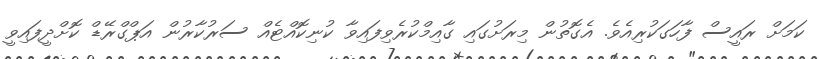
ކަމަށް ރައީސް ފާހަގަކުރިއެވެ. އެގޮތުން މިރަށުގައި ގާއިމްކުރެވިފައިވާ ކުނިކޮއްޓެއް ސަރުކާރުން އަޕްގްރޭޑް ކޮށްދީފައިވީ